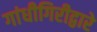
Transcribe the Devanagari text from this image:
गांधीगिरीद्वारे